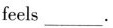
feels ___.